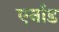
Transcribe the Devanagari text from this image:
एर्नाड